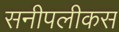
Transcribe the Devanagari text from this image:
सनीपलीकस